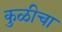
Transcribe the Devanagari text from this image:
कुळीचा